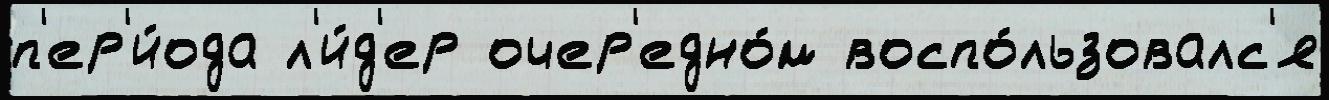
п'ер'и́ода л'и́д'ер очер'едно́м воспо́льзовалс'я